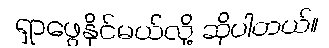
ရှာဖွေနိုင်မယ်လို့ ဆိုပါတယ်။